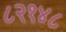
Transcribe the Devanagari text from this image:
८२१४८